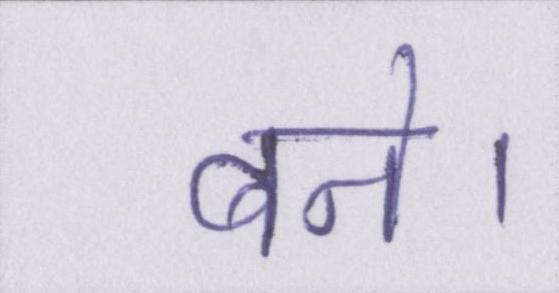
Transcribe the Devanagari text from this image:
बने।